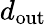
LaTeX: d_{\mathrm{out}}